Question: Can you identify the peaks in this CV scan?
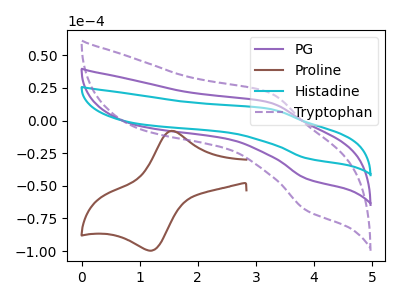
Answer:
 <answer>The purple curve "PG" has an anodic peak at (3.25V, 13.75uA) and a cathodic peak at (3.90V, -44.75uA). The brown curve "Proline" has an anodic peak at (1.55V, -7.95uA) and a cathodic peak at (1.20V, -99.60uA). The cyan curve "Histadine" has an anodic peak at (3.25V, 27.50uA) and a cathodic peak at (3.90V, -89.50uA). The purple dashed curve "Tryptophan" has an anodic peak at (3.25V, 21.20uA) and a cathodic peak at (3.90V, -69.05uA).</answer>
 <eval></eval>